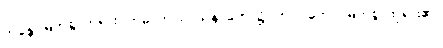
ဘန္တေ၊ မြတ်စွာဘုရား။ ဣဓ၊ ဤသာသနာတော်၌။ ဘဂဝတော၊ မြတ်စွာဘုရား၏။